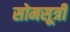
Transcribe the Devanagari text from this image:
सोमसूत्री